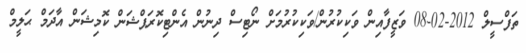
ތަފްސީލް 2012-02-08 ވަޒީފާއިން ވަކިކުރުން/ވަކިކުރުމަށް ނޯޓިސް ދިނުން އެންޓިކޮރަޕްޝަން ކޮމިޝަން އާދަމް ޙަލީމް